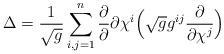
LaTeX: \begin{align*}\Delta=\frac{1}{\sqrt g}\sum_{i,j=1}^{n}\frac{\partial}{\partial}{\partial\chi^i}\Big(\sqrt g g^{ij}\frac{\partial}{\partial\chi^j}\Big)\end{align*}